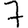
Digit: 7